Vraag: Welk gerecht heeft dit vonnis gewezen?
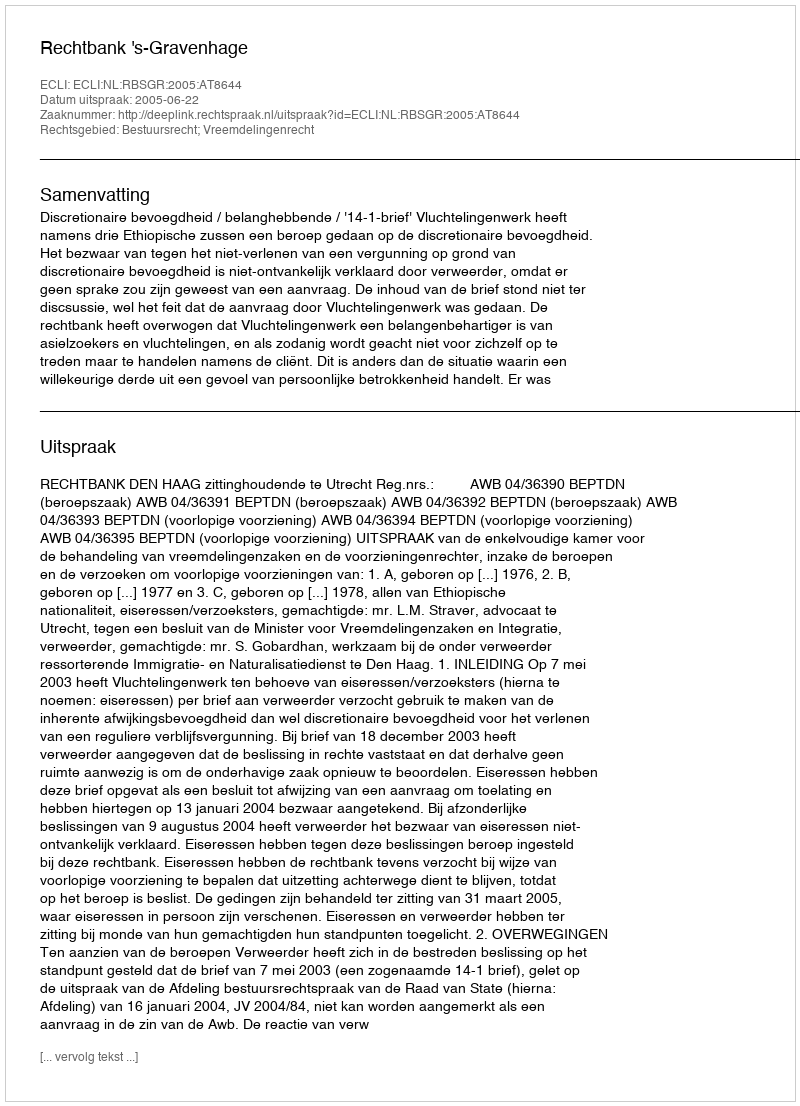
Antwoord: Rechtbank 's-Gravenhage